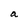
Character: a